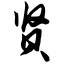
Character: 贤